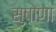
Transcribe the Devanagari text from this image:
सुषोणा